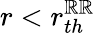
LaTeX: r<r_{th}^{\mathbb{R}\mathbb{R}}